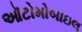
ઑટોમોબાઇલ